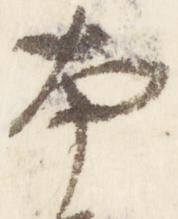
本